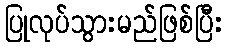
ပြုလုပ်သွားမည်ဖြစ်ပြီး